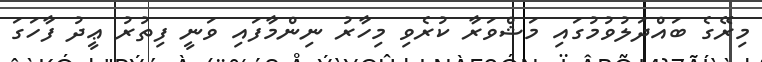
މިރޭގެ ބައްދަލުވުމުގައި މަޝްވަރާ ކުރެވި މިހާރު ނިންމާފައި ވަނީ ފިތުރު ޢީދު ފާހަަގަ